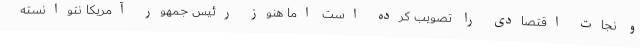
و نجات اقتصادی را تصویب کرده است اما هنوز رئیس جمهور آمریکا نتوانسته